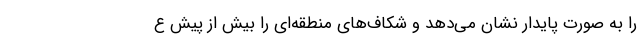
را به صورت پایدار نشان می‌دهد و شکاف‌های منطقه‌ای را بیش از پیش ع